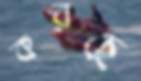
করছে